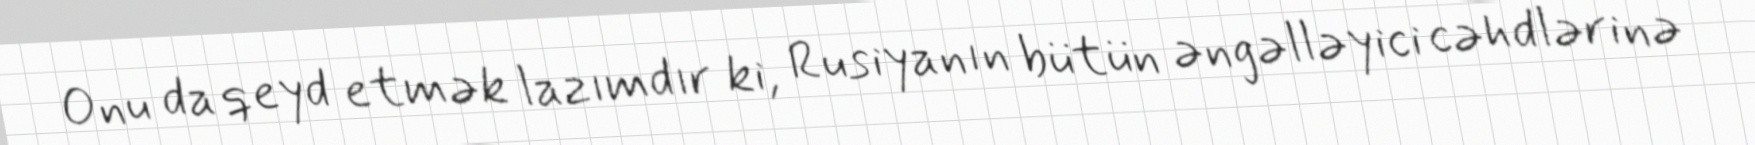
Onu da qeyd etmək lazımdır ki, Rusiyanın bütün əngəlləyici cəhdlərinə